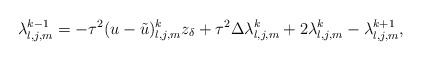
\begin{align*} \lambda_{l,j,m}^{k-1} = -\tau^2 (u - \tilde{u})_{l,j,m}^k z_{\delta} + \tau^2 \Delta \lambda_{l,j,m}^k + 2 \lambda_{l,j,m}^k - \lambda_{l,j,m}^{k+1},\end{align*}